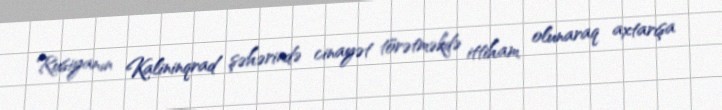
Rusiyanın Kalininqrad şəhərində cinayət törətməkdə ittiham olunaraq axtarışa